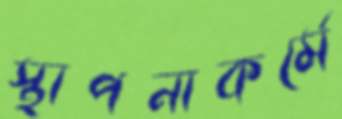
স্থাপনাকর্মে